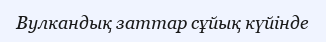
Вулкандық заттар сұйық күйінде